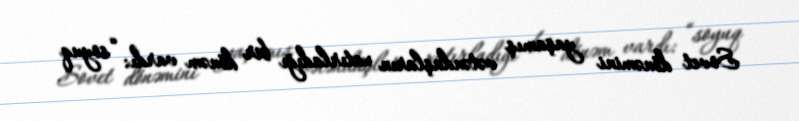
Sovet dönəmini yaşamış vətəndaşların xatırladığı bir dönəm vardı: “soyuq